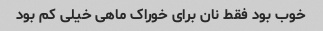
خوب بود فقط نان برای خوراک ماهی خیلی کم بود